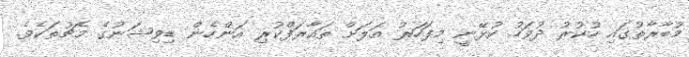
މުބާރާތުގައި ހުކުރު ދުވަހު ކުޅޭނީ މިފަހަރު އަލަށް ތައާރަފްކުރި އަންހެން ޑިވިޝަނުގެ މެޗުތަކެވެ.